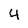
Character: 4